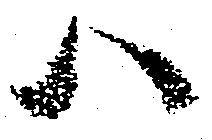
ハ